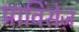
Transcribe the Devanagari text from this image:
प्राविंसेज़